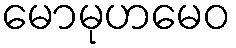
မောမုဟမေဝ